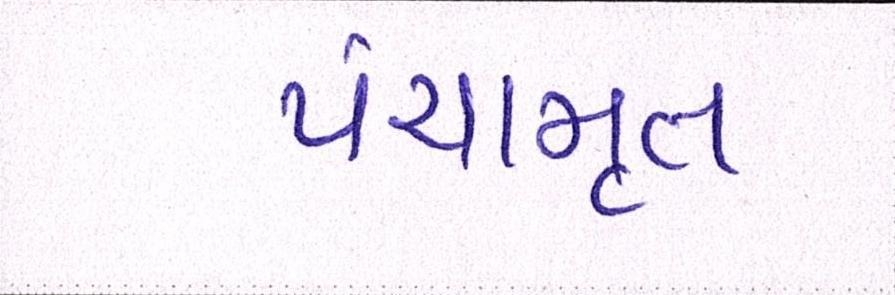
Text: પંચામૃત